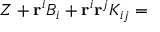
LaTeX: Z + \mathbf { r } ^ { i } B _ { i } + \mathbf { r } ^ { i } \mathbf { r } ^ { j } K _ { i j } =